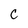
Character: C